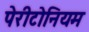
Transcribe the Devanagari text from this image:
पेरीटोनियम